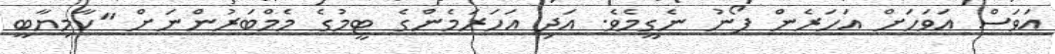
އަވަސް އަވަހަށް އަހަރެން ފޯނު ނެގީމެވެ. އަދި އަހަރަމެންގެ ޓީމުގެ މެމްބަރުންނަށް "ކާމިޔާބީ